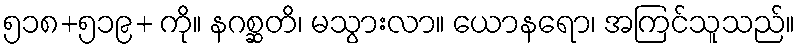
၅၁၈+၅၁၉+ ကို။ နဂစ္ဆတိ၊ မသွားလာ။ ယောနရော၊ အကြင်သူသည်။